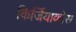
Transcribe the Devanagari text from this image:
किर्जियाकोस